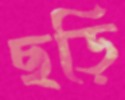
ছড়ি